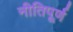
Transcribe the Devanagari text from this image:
नीतिपूर्ण